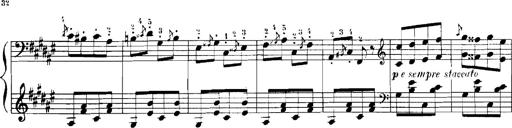
Title: Rhapsodies hongroises
Composer: Franz Liszt